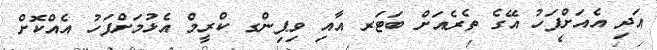
އަދި އެއަށްފަހު އޭގެ ތެރެއަށް ބަޓަރ އާއި ވިޕިންގ ކްރީމް އެޅުމަށްފަހު އެއްކޮށް